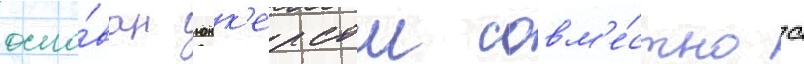
осно́ван юнк'ерсом совм'е́стно с